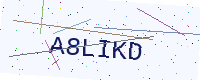
Text: A8LIKD